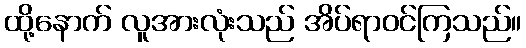
ထို့နောက် လူအားလုံးသည် အိပ်ရာဝင်ကြသည်။